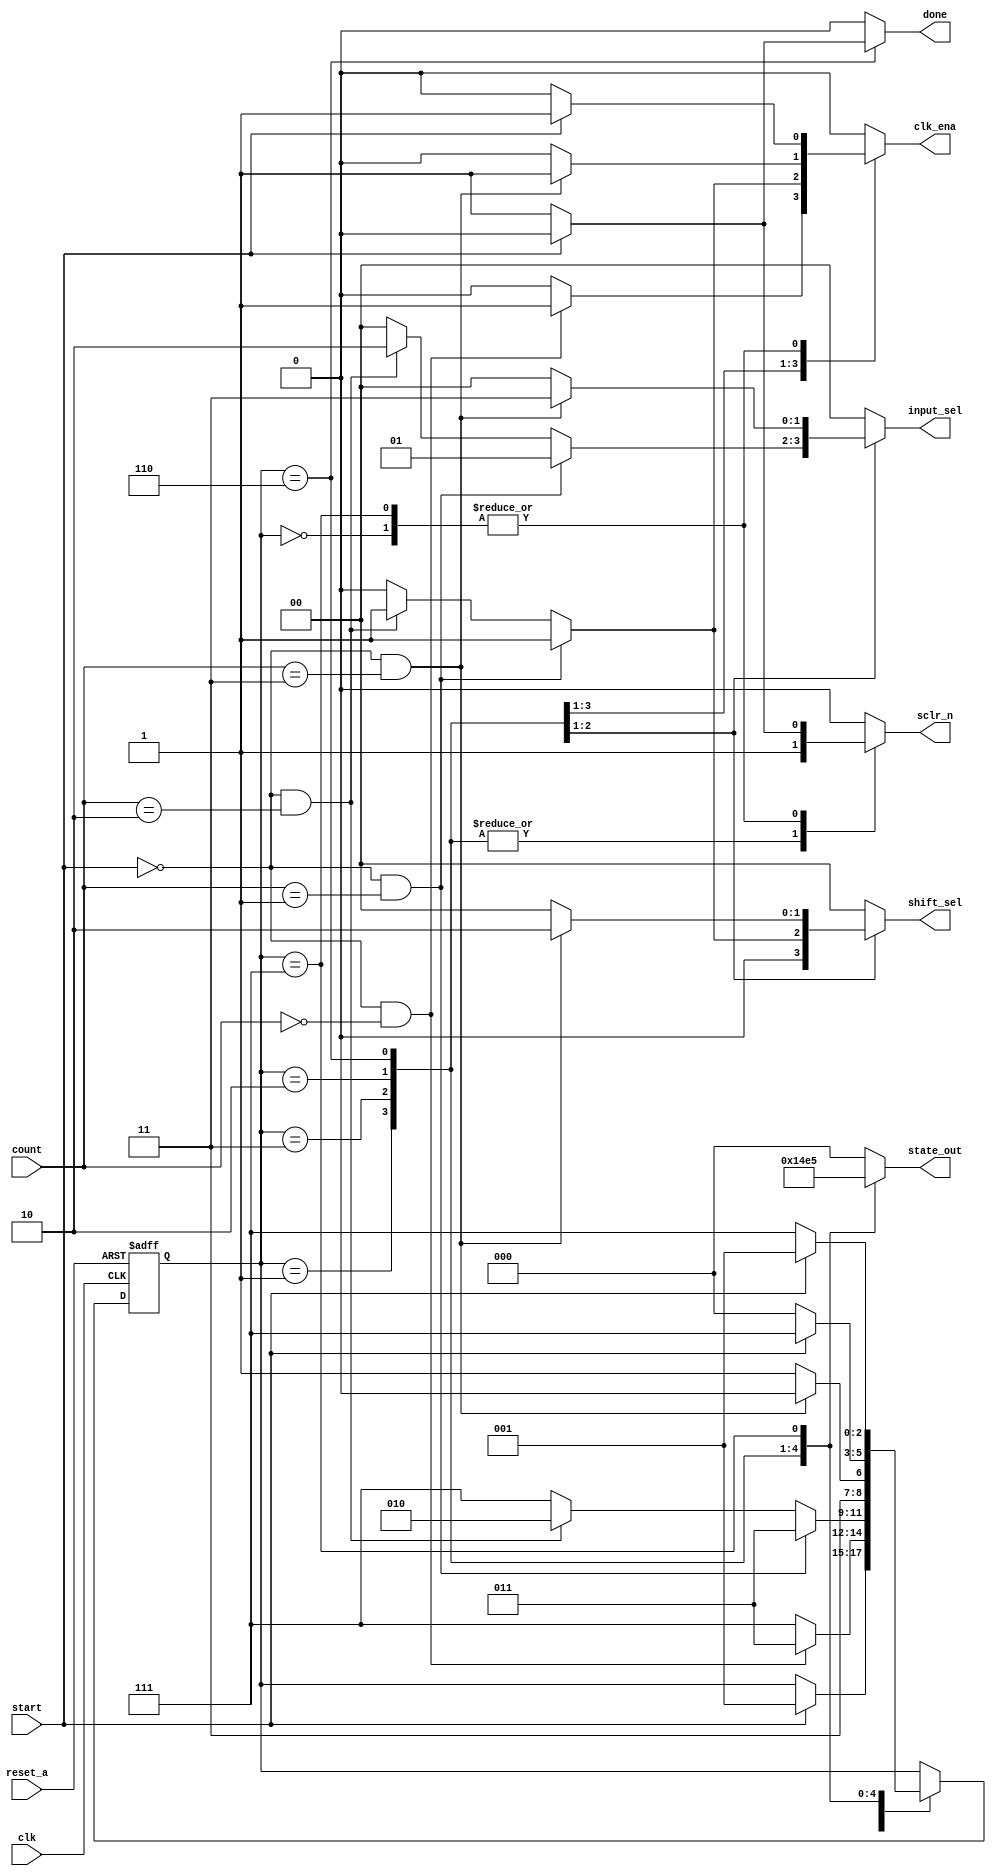
// FSM DESCRIBING MULTIPLIER CONTROLLER
module mult_control(input clk, reset_a, start,
                    input[1:0] count,
                    output reg[1:0] input_sel, shift_sel, 
						  output reg[2:0] state_out, 
						  output reg done, clk_ena, sclr_n); 
						  
						  
// PRESENT AND NEXT STATE
reg [2:0] ps, ns;

// DEFINING THE STATES IN GRAY ENCODING 
localparam [2:0] idle      = 3'b000,
                 lsb       = 3'b001,
                 mid       = 3'b011,
                 msb       = 3'b010,
					  calc_done = 3'b110,
					  err       = 3'b111;	


// combuntional always block

always @(*)
begin 
input_sel = 2'b00;
shift_sel = 2'b00;
state_out = 3'b000;
done = 0;
clk_ena = 0; 
sclr_n = 0;

ns = ps ;

case (ps)
      idle :begin
		
			   if (start == 1'b1) begin
				clk_ena = 1; 
				ns = lsb;
				end
			else if (start == 1'b0)
			   sclr_n = 1'b1;		
		end
			
		lsb :begin
		      state_out = 3'b001;
			   if (start == 1'b0 && count ==2'b00) begin
				input_sel = 2'b00;
            shift_sel = 2'b00;
            done = 0;
            clk_ena = 1; 
            sclr_n = 1;
				ns = mid;
				end
			   else begin
            done = 0;
            clk_ena = 0; 
            sclr_n = 1;
		      ns = err;
		      end		
		end
	
		mid :begin
		      state_out = 3'b010;
			   if (start == 1'b0 && count == 2'b01) begin
				input_sel = 2'b01;
            shift_sel = 2'b01;
            done = 0;
            clk_ena = 1; 
            sclr_n = 1;
				ns = mid;
				end
		      else if (start == 1'b0 && count == 2'b10) begin
				input_sel = 2'b10;
            shift_sel = 2'b01;
            done = 0;
            clk_ena = 1; 
            sclr_n = 1;
				ns = msb;
				end
            else begin
            done = 0;
            clk_ena = 0; 
            sclr_n = 1;
				ns = err; 
	         end 		 
		end
		
		msb :begin
		      state_out = 3'b011;
			   if (start == 1'b0 && count == 2'b11) begin
				input_sel = 2'b11;
            shift_sel = 2'b10;
            done = 0;
            clk_ena = 1; 
            sclr_n = 1;
				ns = calc_done;
				end  
			   else begin
            done = 0;
            clk_ena = 0; 
            sclr_n = 1;
				ns = err;
		   	end	
		end
		
		calc_done :begin
		            state_out = 3'b100; 
					  if (start == 0) begin
                 done = 1;
                 clk_ena = 0; 
                 sclr_n = 1;
				     ns = idle; 
			        end   
			        else if (start == 1) begin
                 done = 0;
                 clk_ena = 0; 
                 sclr_n = 1;
				     ns = err; 
			        end     
		end
			
		err :begin
		      state_out = 3'b101;
			   if (start == 0) begin
            done = 0;
            clk_ena = 0; 
            sclr_n = 1;
				ns = err; 
				end
				else if (start == 1) begin
            done = 0;
            clk_ena = 1; 
            sclr_n = 0;
				ns = lsb; 
				end
		end
		
		default: ns = ps;
		
endcase		
end

// Feedback(seq. always block)
// asynchronus

always @ (posedge clk, negedge reset_a)

begin
 if (!reset_a) begin
     ps  <=  idle;
end	  
else	 
     ps  <=  ns; 

end 
			 
endmodule